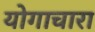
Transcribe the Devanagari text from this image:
योगाचारा